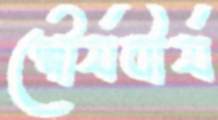
শৌর্যবীর্য